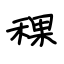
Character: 稞